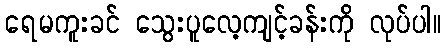
ရေမကူးခင် သွေးပူလေ့ကျင့်ခန်းကို လုပ်ပါ။